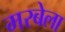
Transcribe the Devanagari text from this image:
मरबेला